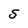
Character: S